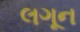
લગૂન